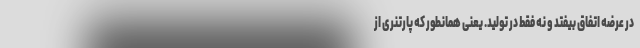
در عرضه اتفاق بیفتد و نه فقط در تولید. یعنی همانطور که پارتنری از